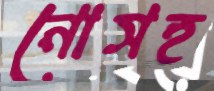
নোসহ